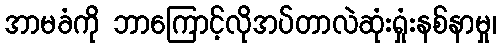
အာမခံကို ဘာကြောင့်လိုအပ်တာလဲဆုံးရှုံးနစ်နာမှု၊